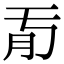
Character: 𦘼